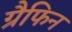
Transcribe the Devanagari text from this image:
ग्रैफिन